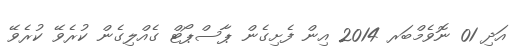
އަދި 01 ނޮވެމްބަރ 2014 އިން ފެށިގެން ޕާސްޕޯޓް ގެއްލިގެން ކުރެވޭ ކުރެވޭ